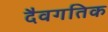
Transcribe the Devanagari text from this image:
दैवगतिक